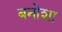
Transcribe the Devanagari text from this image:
बनोशा